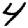
Digit: 4